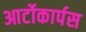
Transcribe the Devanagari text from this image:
आर्टोकार्पस